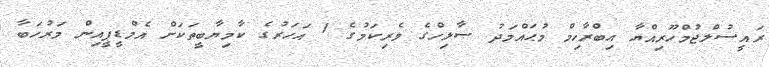
ރައީސުލްޖުމްހޫރިއްޔާ އިބްރާހިމް މުޙައްމަދު ޞާލިހްގެ ވެރިކަމުގެ 1 އަހަރުގެ ކާމިޔާބީތަކަށް އެމްޑީޕީއިން މަރުހަބާ